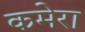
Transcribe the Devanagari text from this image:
कमेरा